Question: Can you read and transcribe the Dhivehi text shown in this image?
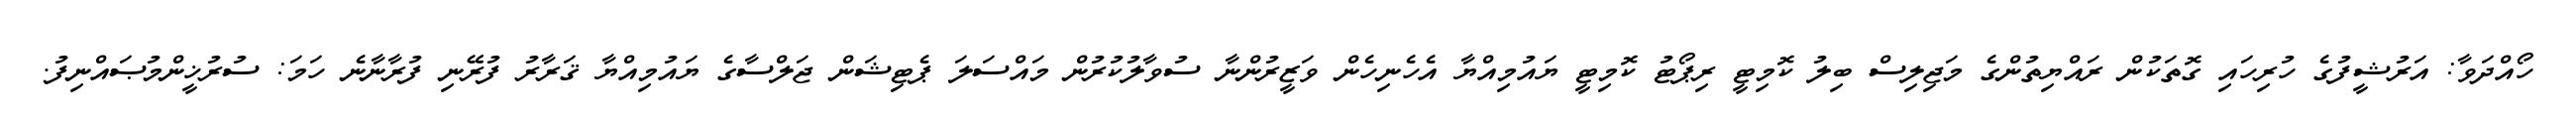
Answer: ހޯއްދަވާ: އަރުޝީފުގެ ހުރިހައި ގޮތަކުން ރައްޔިތުންގެ މަޖިލިސް ބިލު ކޮމިޓީ ރިޕޯޓު ކޮމިޓީ ޔައުމިއްޔާ އެހެނިހެން ވަޒީރުންނާ ސުވާލުކުރުން މައްސަލަ ޕެޓިޝަން ޖަލްސާގެ ޔައުމިއްޔާ ޤަރާރު ފުރޭނި ފުރާނާނެ ހަމަ: ސުރުޚީންމުޞައްނިފު.